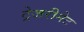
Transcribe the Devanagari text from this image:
ट्रेजरीनेट